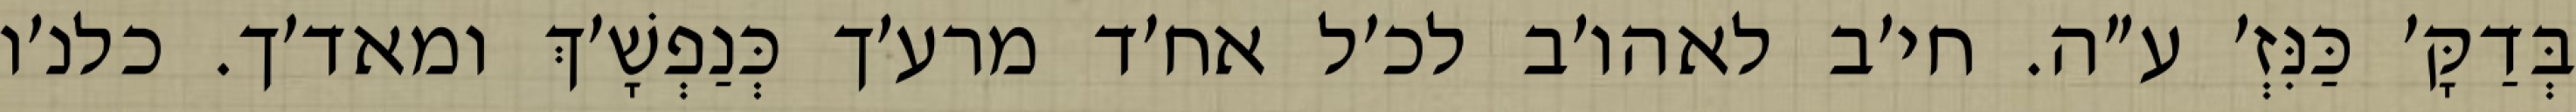
בְּדַקָּ׳ כַּנִּזְ׳ ע״ה. חי׳ב לאהו׳ב לכ׳ל אח׳ד מרע׳ך כְּנַפְשָׁ׳ךְ ומאד׳ך. כלנ׳ו